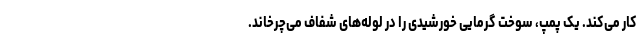
کار می‌کند. یک پمپ، سوخت گرمایی خورشیدی را در لوله‌های شفاف می‌چرخاند.